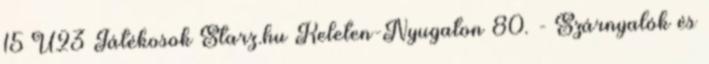
15 U23 Játékosok Starz.hu Keleten-Nyugaton 80. - Szárnyalók és